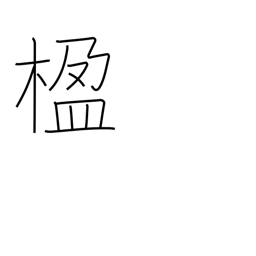
Meaning: pillar